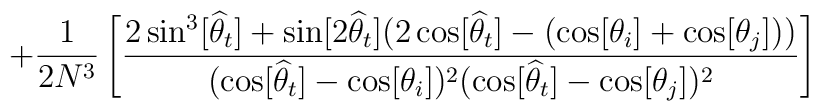
+\frac{1}{2N^3} \left[ \frac{2 \sin^3 [\widehat{\theta}_t] +\sin [2\widehat{\theta}_t] ( 2 \cos[\widehat{\theta}_t] -(\cos[\theta_i]+\cos[\theta_j]))  } {( \cos  [\widehat{\theta}_t] - \cos[\theta_i])^2 ( \cos[\widehat{\theta}_t] - \cos[\theta_j])^2}  \right]